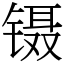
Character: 镊